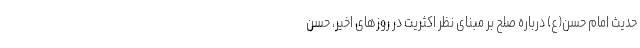
حدیث امام حسن(ع) درباره صلح بر مبنای نظر اکثریت در روزهای اخیر، حسن